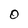
Character: 0